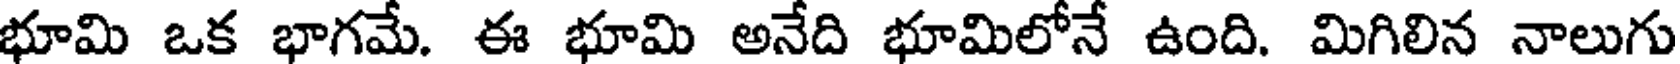
భూమి ఒక భాగమే. ఈ భూమి అనేది భూమిలోనే ఉంది. మిగిలిన నాలుగు